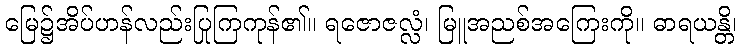
မြေ၌အိပ်ဟန်လည်းပြုကြကုန်၏။ ရဇောဇလ္လံ၊ မြူအညစ်အကြေးကို။ ဓာရယန္တိ၊